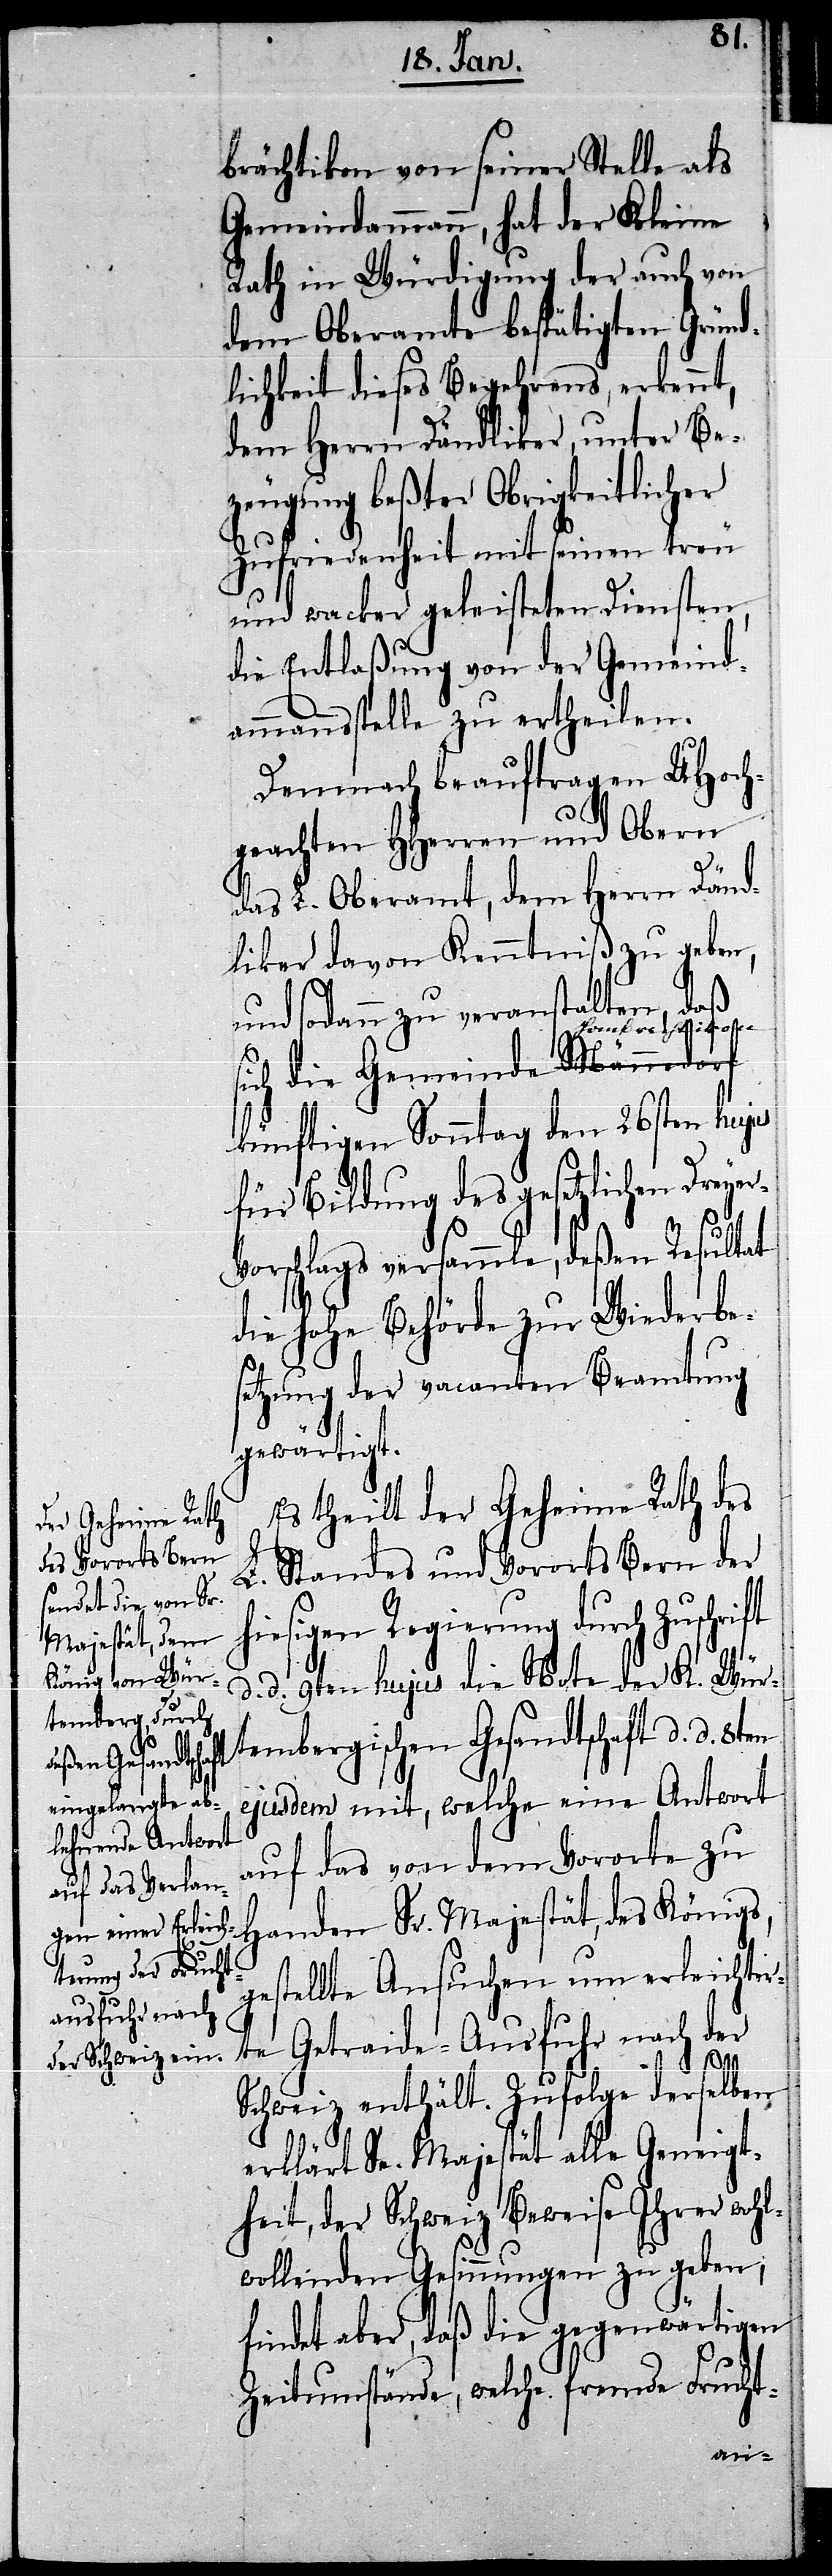
brächtikon von seiner Stelle als
Gemeindammann, hat der Kleine
Rath in Würdigung der auch von
dem Oberamte bestätigten Gründ¬
lichkeit dieses Begehrens, erkennt,
dem Herrn Dändliker, unter Be¬
zeugung beßter Obrigkeitlicher
Zufriedenheit mit seinen treu
und wacker geleisteten Diensten,
die Entlaßung von der Gemeind¬
ammannsstelle zu ertheilen.
Demnach beauftragen UHoch¬
geachten HHerren und Obern
das L. Oberamt, dem Herrn Dänd¬
liker davon Kenntniß zu geben,
und sodann zu veranstalten, daß
yer-V¬
a-Hombrechtikon-a
künftigen Sonntag den 26sten hujus
für Bildung des gesetzlichen Dre¬
orschlags versammle, deßen Resultat
die hohe Behörde zur Wiederbe¬
setzung der vacanten Beamtung
gewärtigt.
Es theilt der Geheime Rath des
L. Standes und Vororts Bern der
hiesigen Regierung durch Zuschri¬
ft
d. d. 9ten hujus die Note der K. Wür¬
tembergischen Gesandtschaft d. d.
ejusdem mit, welche eine Antwort
auf das von dem Vororte zu
Handen Sr. Majestät, des Königs,
gestellte Ansuchen um erleichter¬
te Getraide-Ausfuhr nach der
Schweiz enthält. Zufolge derselben
erklärt Sr. Majestät alle Geneigt¬
heit, der Schweiz Beweise Ihrer wohl¬
wollenden Gesinnungen zu geben,
findet aber, daß die gegenwärtigen
Zeitumstände, welche fremde Frucht-